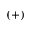
( + )